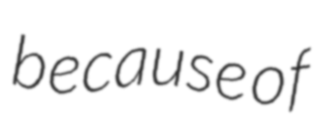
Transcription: because of